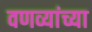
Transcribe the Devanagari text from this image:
वणव्यांच्या